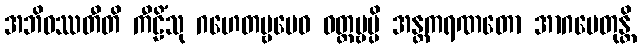
အဘိဝဿတီတိ ကီဠိံသု ဂဟေတဗ္ဗမေဝ ဝတ္တဗ္ဗမ္ပိ အန္တကရဏတော အာဂမေတုန္တိ